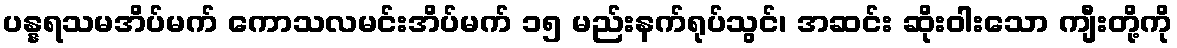
ပန္နရသမအိပ်မက် ကောသလမင်းအိပ်မက် ၁၅ မည်းနက်ရုပ်သွင်၊ အဆင်း ဆိုးဝါးသော ကျီးတို့ကို